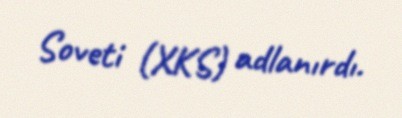
Soveti (XKS) adlanırdı.